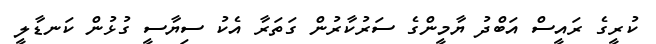
ކުރީގެ ރައީސް އަބްދު ޔާމީންގެ ސަރުކާރުން ގަތަރާ އެކު ސިޔާާސީ ގުޅުން ކަނޑާލީ